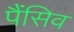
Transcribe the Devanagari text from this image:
पैंसिव